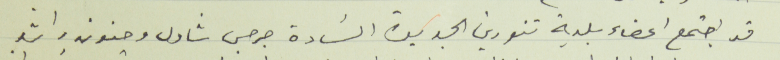
قد اجتمع اعضاء بلدية تنورين الجديدة السَادة جرجس شاول وحنون راشد